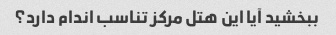
ببخشید آیا این هتل مرکز تناسب اندام دارد؟